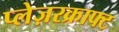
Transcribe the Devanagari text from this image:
प्लेज़रक्राफ्ट